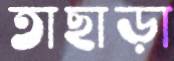
তাছাড়া